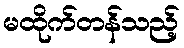
မထိုက်တန်သည့်